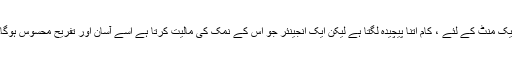
ایک منٹ کے لئے ، کام اتنا پیچیدہ لگتا ہے لیکن ایک انجینئر جو اس کے نمک کی مالیت کرتا ہے اسے آسان اور تفریح ​​محسوس ہوگا۔